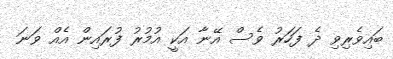
ބައިވެރިވި ދެ ފަހަރު ވެސް އޭނާ އަކީ އުމުރު ފުރައިން އެއް ވަނަ